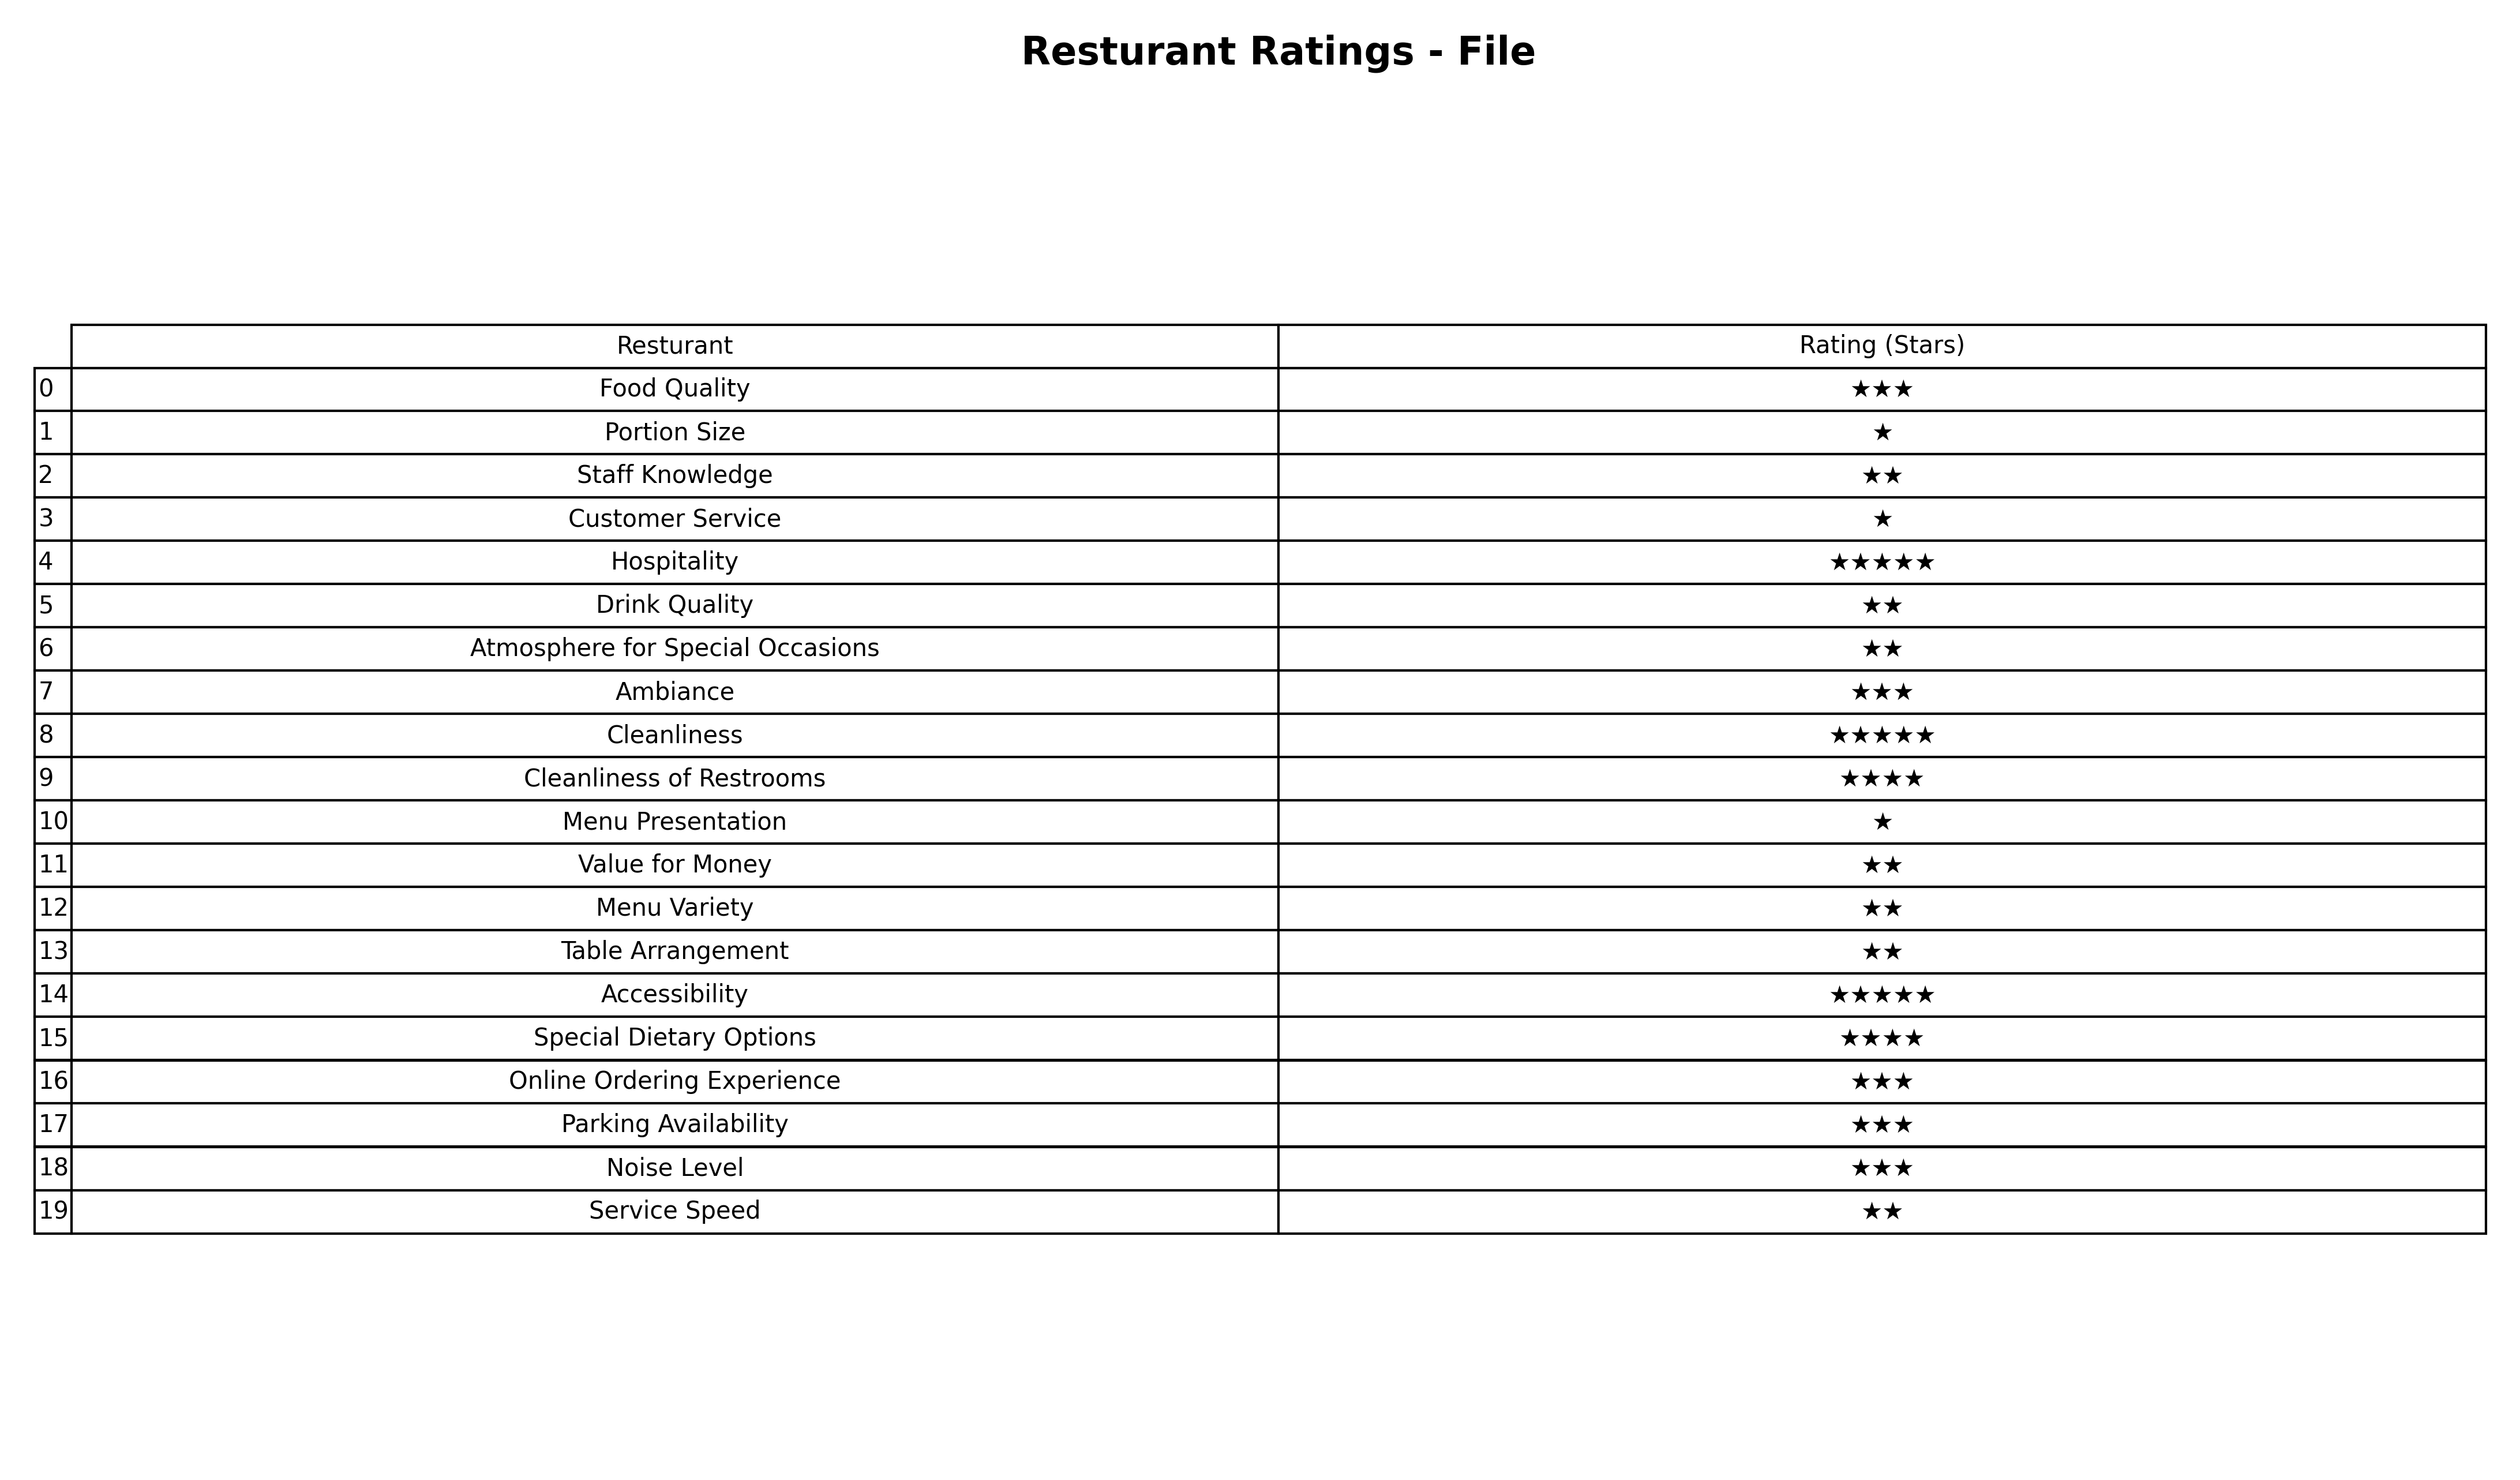
question: What are highest rating services?
answer: Staff KnowledgeDrink QualityAtmosphere for Special OccasionsValue for MoneyMenu VarietyTable ArrangementService Speed